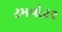
ટમવોટર